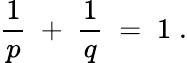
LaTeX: \frac{1}{p}\; +\; \frac{1}{q}\; =\; 1\; .